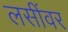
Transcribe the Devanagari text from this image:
लसींवर